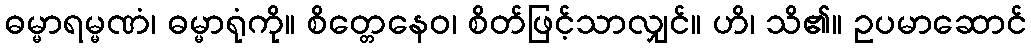
ဓမ္မာရမ္မဏံ၊ ဓမ္မာရုံကို။ စိတ္တေနေဝ၊ စိတ်ဖြင့်သာလျှင်။ ဟိ၊ သိ၏။ ဥပမာဆောင်